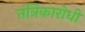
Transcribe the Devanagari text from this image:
तंत्रिकारोधी